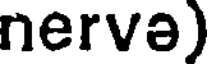
nerva)